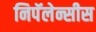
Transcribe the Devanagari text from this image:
निपॅलेन्सीस